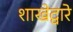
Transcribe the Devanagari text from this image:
शाखेद्वारे